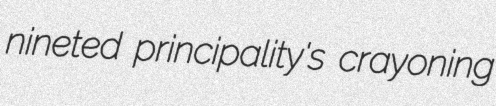
nineted principality's crayoning